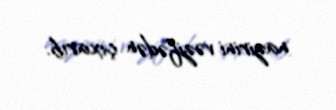
nazirini vəzifədən çıxarıb.